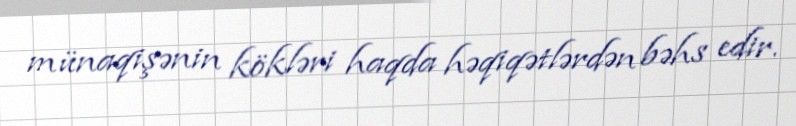
münaqişənin kökləri haqda həqiqətlərdən bəhs edir.